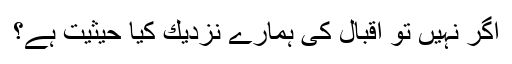
اگر نہیں تو اقبال كی ہمارے نزدیك كیا حیثیت ہے؟